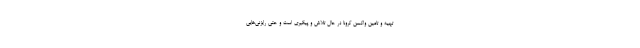
تهیه و تامین واکسن کرونا در حال تلاش و پیگیری است و حتی رایزنی‌هایی